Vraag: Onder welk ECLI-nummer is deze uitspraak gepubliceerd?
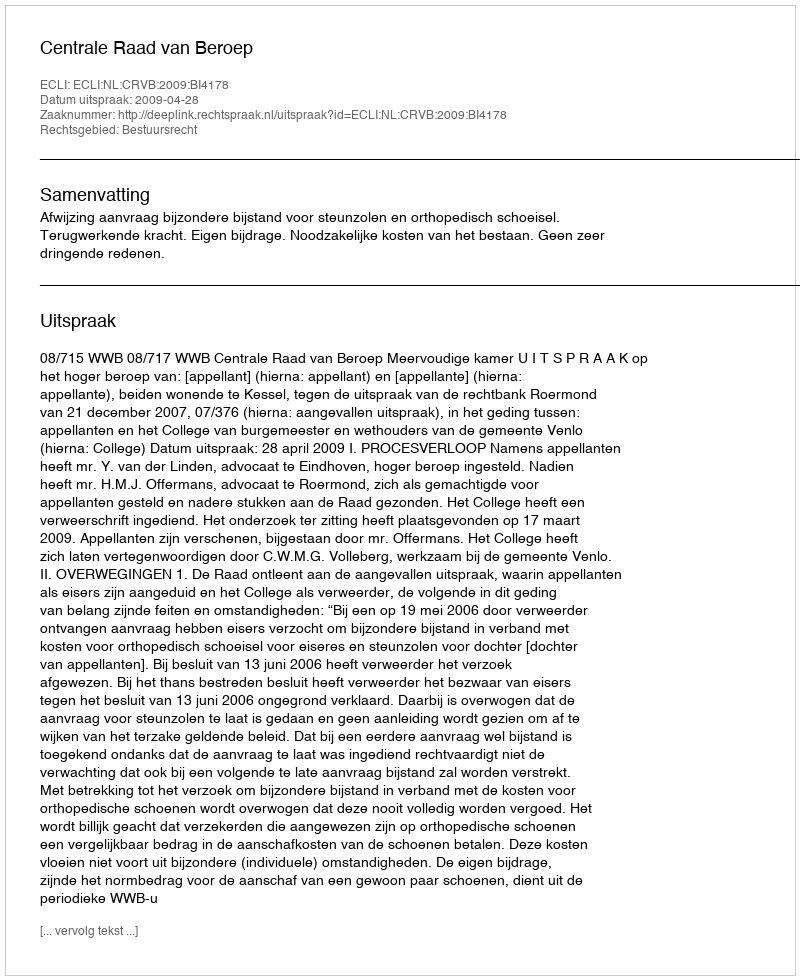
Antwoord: ECLI:NL:CRVB:2009:BI4178